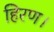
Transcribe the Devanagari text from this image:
हिरण।